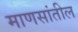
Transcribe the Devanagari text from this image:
माणसांतील